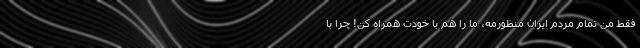
فقط من تمام مردم ایران منظورمه، ما را هم با خودت همراه کن! چرا با